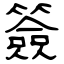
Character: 簽